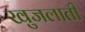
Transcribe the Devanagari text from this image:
खुजलाती